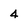
Character: 4